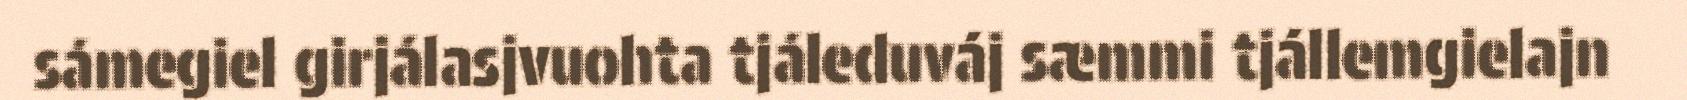
sámegiel girjálasjvuohta tjáleduváj sæmmi tjállemgielajn